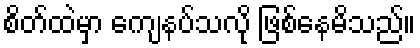
စိတ်ထဲမှာ ကျေနပ်သလို ဖြစ်နေမိသည်။